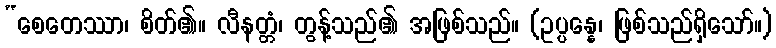
“စေတေဿာ၊ စိတ်၏။ လီနတ္တံ၊ တွန့်သည်၏ အဖြစ်သည်။ (ဥပ္ပန္နေ၊ ဖြစ်သည်ရှိသော်။)